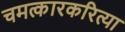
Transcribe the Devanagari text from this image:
चमत्कारकरित्या